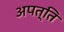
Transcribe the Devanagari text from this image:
अपत्ति